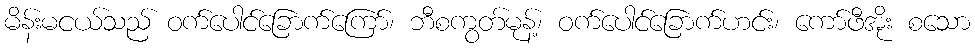
မိန်းမငယ်သည် ဝက်ပေါင်ခြောက်ကြော်၊ ဘီစကွတ်မုန့်၊ ဝက်ပေါင်ခြောက်ဟင်း၊ ကော်ဖီအိုး စသော